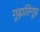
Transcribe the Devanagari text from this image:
गूढ़ातिगूढ़